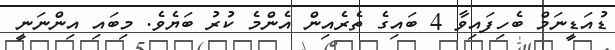
ޑުއަޑީނަމް ބެހިފައިވާ 4 ބައިގެ ތެރެއިން އެންމެ ކުރު ބަޔެވެ. މިބައި އިންނަނީ